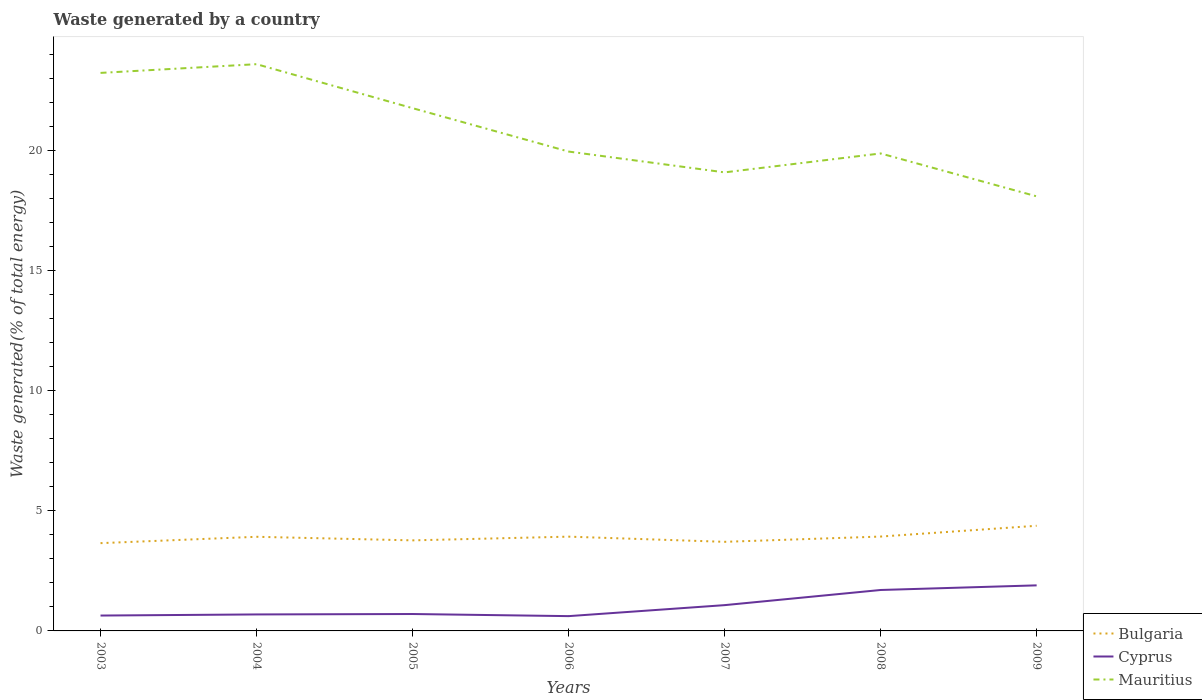
| Years | Bulgaria | Cyprus | Mauritius |
 | --- | --- | --- | --- |
 | 2003 | 3.66 | 0.64 | 23.2 |
 | 2004 | 3.92 | 0.686 | 23.6 |
 | 2005 | 3.77 | 0.704 | 21.8 |
 | 2006 | 3.93 | 0.616 | 20 |
 | 2007 | 3.71 | 1.07 | 19.1 |
 | 2008 | 3.93 | 1.7 | 19.9 |
 | 2009 | 4.38 | 1.9 | 18.1 |